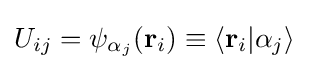
U_{ij}=\psi _{\alpha _{j}}(\mathbf {r} _{i})\equiv \langle \mathbf {r} _{i}|\alpha _{j}\rangle